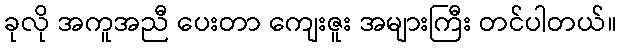
ခုလို အကူအညီ ပေးတာ ကျေးဇူး အများကြီး တင်ပါတယ်။